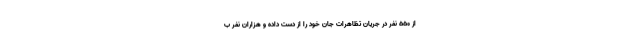
از ۵۵۰ نفر در جریان تظاهرات جان خود را از دست داده و هزاران نفر ب